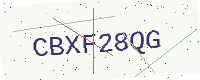
Text: CBXF28QG